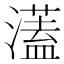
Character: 濭